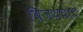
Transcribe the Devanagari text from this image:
विजयघाट